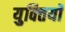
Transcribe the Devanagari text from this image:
युक्‍तियॉं